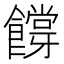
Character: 𬲜